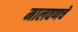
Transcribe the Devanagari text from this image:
मालवणचे